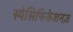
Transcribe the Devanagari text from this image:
स्पेसिफिकेशनज़